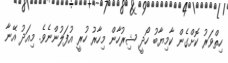
ހިތްވަރު ކޮށްގެން ކާމިޔާބު ހޯދީ ޝިރުހާން މިހާރު ހުރީ އުފަލުންނެވެ. މިއަދު އޭނާ